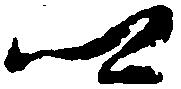
郷